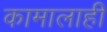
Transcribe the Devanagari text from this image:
कामालाही